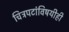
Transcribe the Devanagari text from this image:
चित्रपटांविषयीही